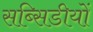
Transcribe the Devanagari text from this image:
सब्सिडीयों